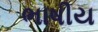
ભાષીય